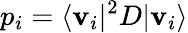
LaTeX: p_{i}=\langle\mathbf{v}_{i}|{}^{2}D|\mathbf{v}_{i}\rangle